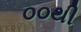
૦૦થી